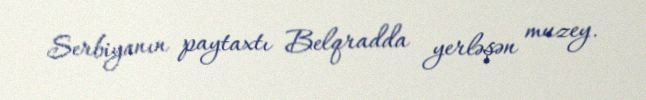
Serbiyanın paytaxtı Belqradda yerləşən muzey.